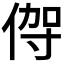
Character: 𬾦